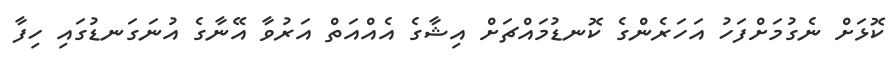
ކޮޅަށް ނެގުމަށްފަހު އަހަރެންގެ ކޮނޑުމައްޗަށް އިޝާގެ އެއްއަތް އަރުވާ އޭނާގެ އުނަގަނޑުގައި ހިފާ